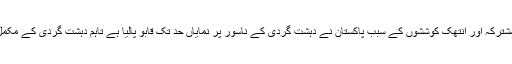
انہوں نے کہا کہ گذشتہ کئی برسوں میں قوم کی مشترکہ اور انتھک کوششوں کے سبب پاکستان نے دہشت گردی کے ناسور پر نمایاں حد تک قابو پالیا ہے تاہم دہشت گردی کے مکمل خاتمے کے لیے جہد مسلسل کی ضرورت ہے ۔